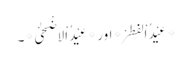
*عِیْدُ اْلفِطَرْ* اور *عِیْدُ اْلاَضْحٰیْ*۔